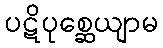
ပဋိပုစ္ဆေယျာမ